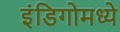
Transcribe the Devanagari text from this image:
इंडिगोमध्ये